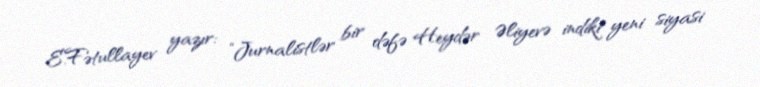
E.Fətullayev yazır: "Jurnalistlər bir dəfə Heydər Əliyevə indiki yeni siyasi